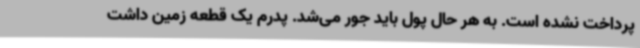
پرداخت نشده است. به هر حال پول باید جور می‌شد. پدرم یک قطعه زمین داشت